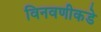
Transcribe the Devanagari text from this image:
विनवणीकडे